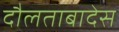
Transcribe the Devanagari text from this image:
दौलताबादेस